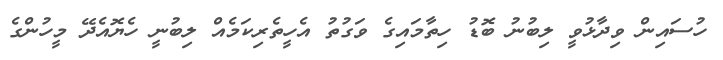
ހުސައިން ވިދާޅުވީ ލިބުނު ބޮޑު ހިތާމައިގެ ވަގުތު އެހީތެރިކަމެއް ލިބުނީ ހެޔޮއެދޭ މީހުންގެ